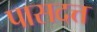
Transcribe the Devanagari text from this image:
पासदत्त